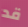
قد